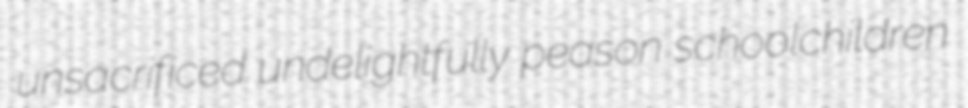
unsacrificed undelightfully peason schoolchildren